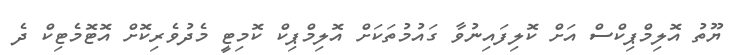
ޔޫތު އޮލިމްޕިކްސް އަށް ކޮލިފައިނުވާ ގައުމުތަކަށް އޮލިމްޕިކް ކޮމިޓީ މެދުވެރިކޮށް އޮޓޮމެޓިކް ދެ